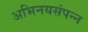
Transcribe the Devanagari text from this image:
अभिनयसंपन्‍न